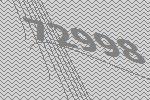
72998